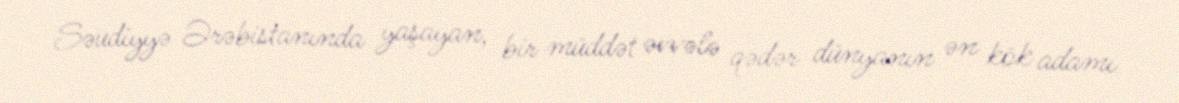
Səudiyyə Ərəbistanında yaşayan, bir müddət əvvələ qədər dünyanın ən kök adamı